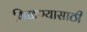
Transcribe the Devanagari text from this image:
गिळण्यासाठी